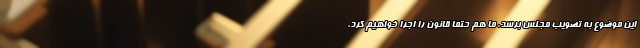
این موضوع به تصویب مجلس برسد. ما هم حتماً قانون را اجرا خواهیم کرد.